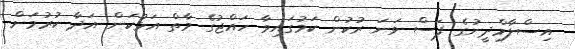
އިސްލާމްދީނުގެ ފަސް ވަނަ ރުކުން ކަމުގައިވާ ހައްޖުގެ މާތް އަޅުކަން އަދާ ކުރުމަށް